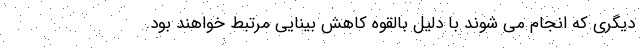
دیگری که انجام می شوند با دلیل بالقوه کاهش بینایی مرتبط خواهند بود.